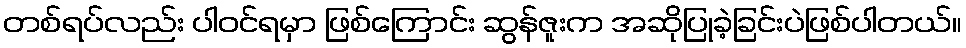
တစ်ရပ်လည်း ပါဝင်ရမှာ ဖြစ်ကြောင်း ဆွန်ဇူးက အဆိုပြုခဲ့ခြင်းပဲဖြစ်ပါတယ်။